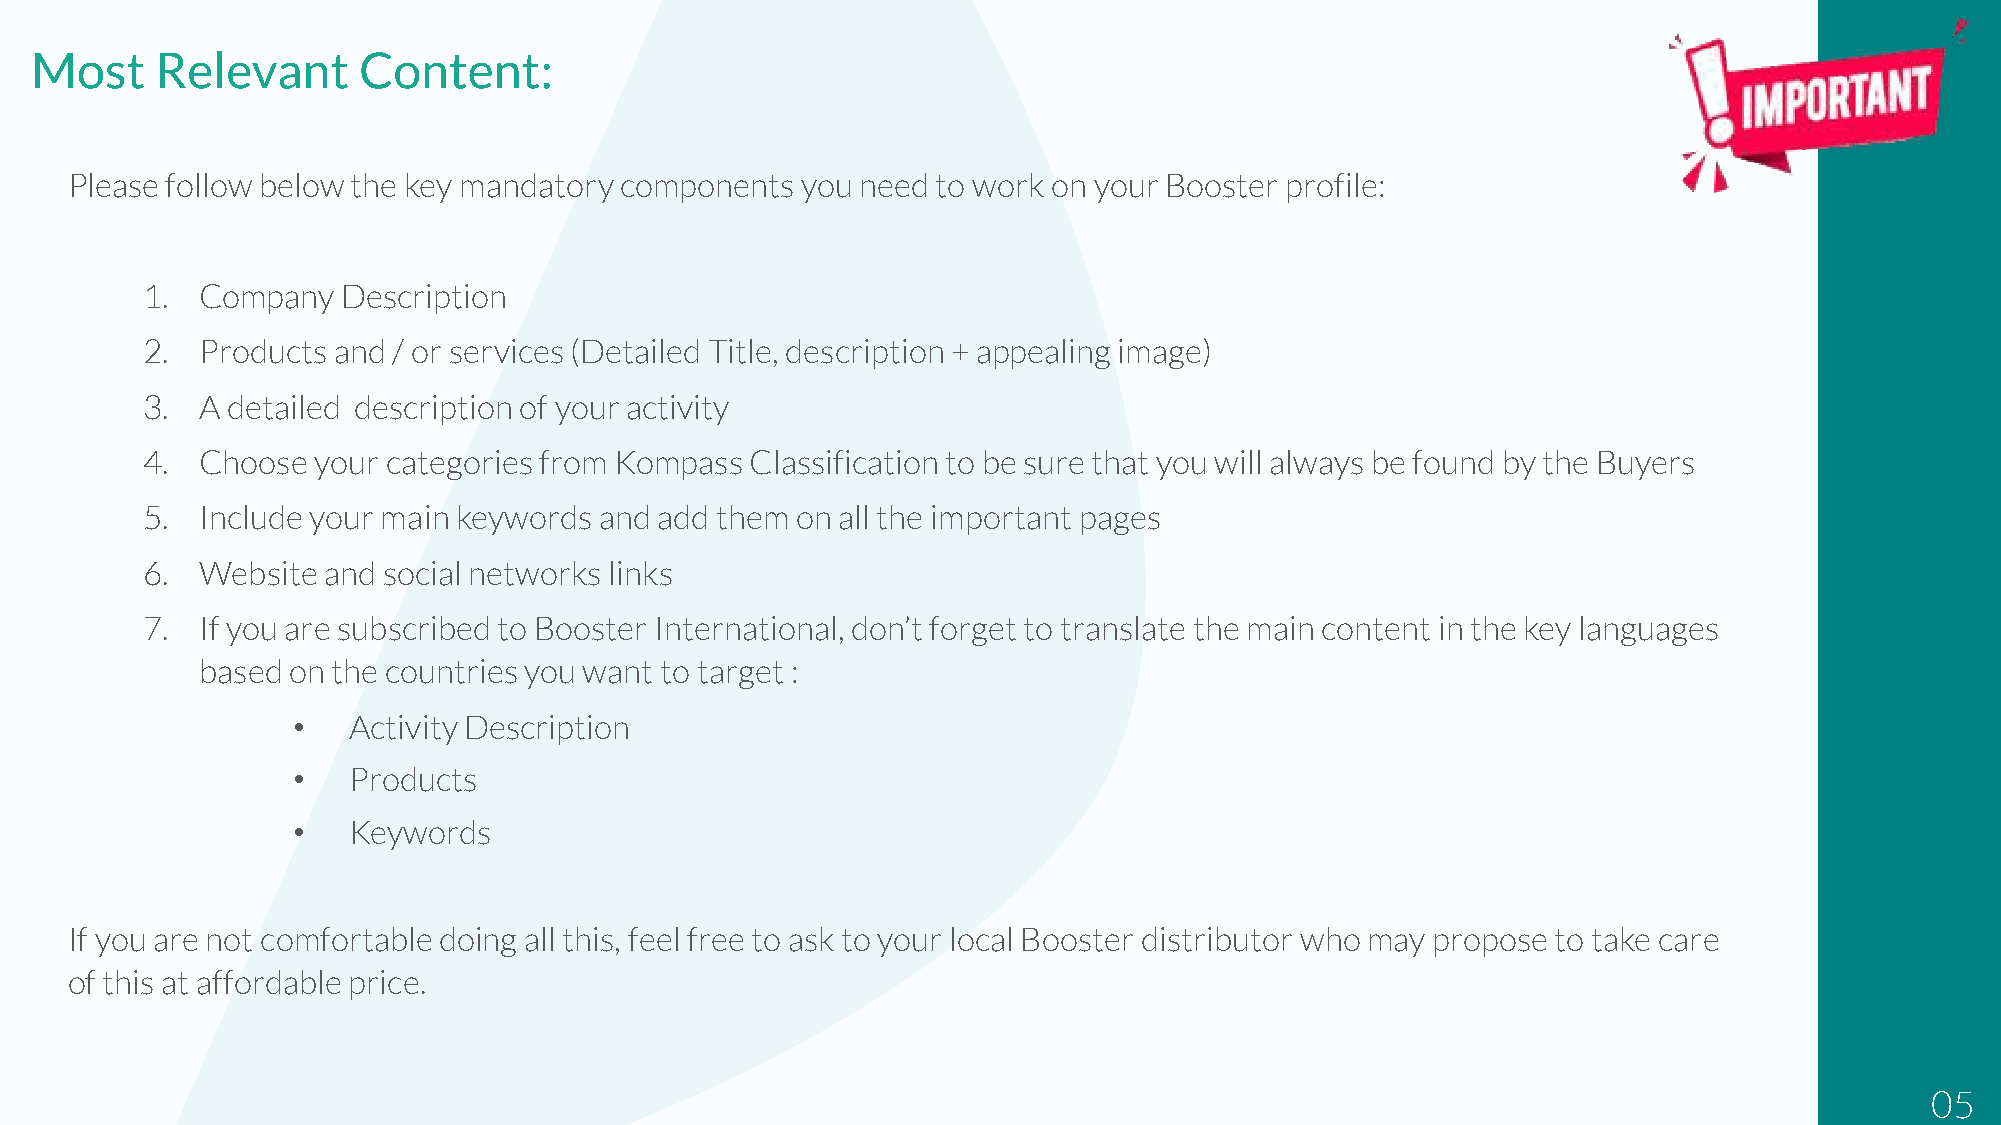
Most    Relevant      Content:
 Please follow below the key mandatory components you need to work on your Booster profile:
 1.  Company   Description
 2.  Products and / or services (Detailed Title, description + appealing image)
 3.  A detailed description of your activity
 4.  Choose  your categories from Kompass Classification to be sure that you will always be found by the Buyers
 5.  Include your main keywords and add them on all the important pages
 6.  Website and social networks links
 7.  If you are subscribed to Booster International, don’t forget to translate the main content in the key languages
 based on the countries you want to target :
 •   Activity Description
 •   Products
 •   Keywords
 If you are not comfortable doing all this, feel free to ask to your local Booster distributor who may propose to take care
 of this at affordable price.
 05